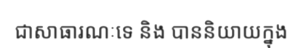
ជាសាធារណៈទេ និង បាននិយាយក្នុង